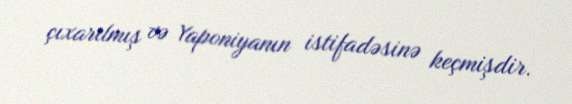
çıxarılmış və Yaponiyanın istifadəsinə keçmişdir.